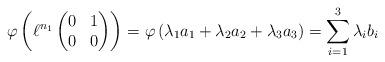
LaTeX: \begin{align*}\varphi\left( \ell^{n_1} \left( \begin{matrix} 0 & 1 \\ 0 & 0 \end{matrix} \right)\right) = \varphi\left(\lambda_1 a_1+\lambda_2 a_2+\lambda_3 a_3 \right) = \sum_{i=1}^3 \lambda_i b_i\end{align*}